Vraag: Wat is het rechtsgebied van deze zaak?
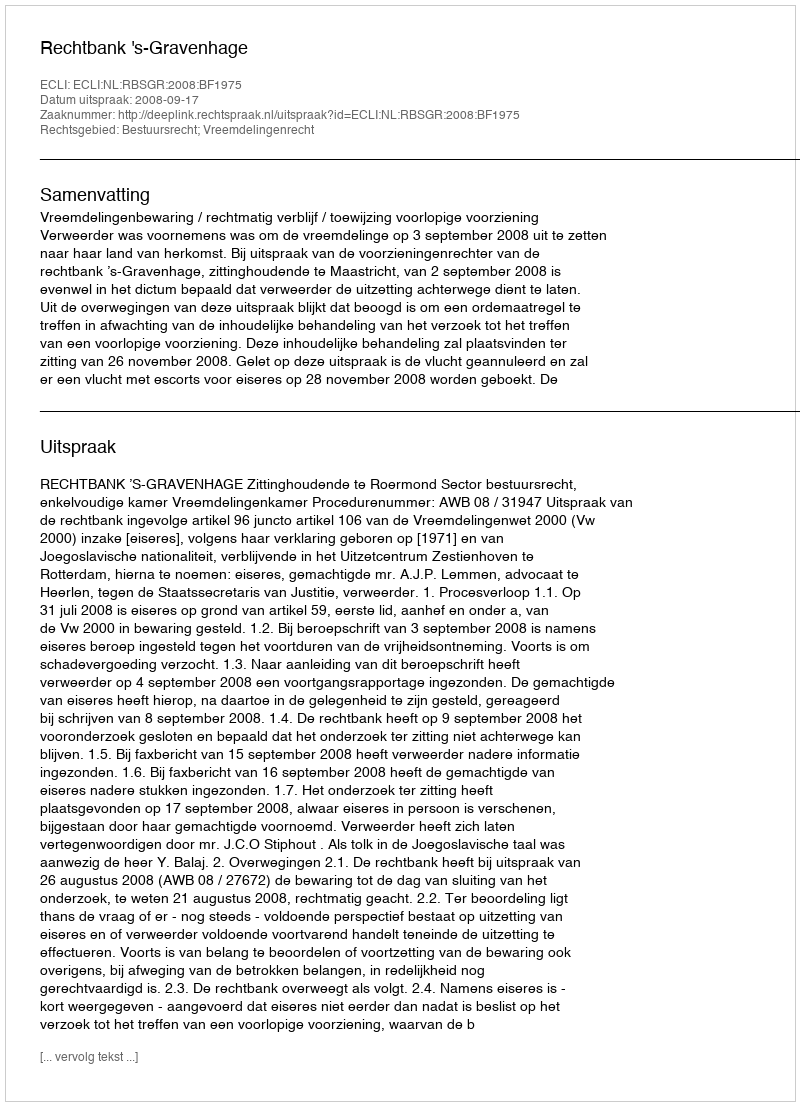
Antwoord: Bestuursrecht; Vreemdelingenrecht